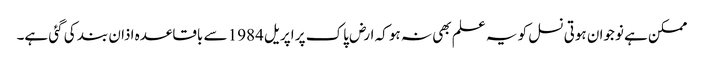
ممکن ہے نوجوان ہوتی نسل کو یہ علم بھی نہ ہو کہ ارض پاک پر اپریل 1984 سے باقاعدہ اذان بند کی گئی ہے۔